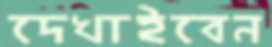
দেখাইবেন